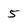
Character: 5